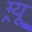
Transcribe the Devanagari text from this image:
ग्र्यू